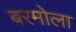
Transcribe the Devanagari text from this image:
बरमोला